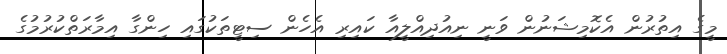
މީގެ އިތުރުން އެކޮމިޝަނުން ވަނީ ނިއުދިއްލީއާ ކައިރި އެހެން ސިޓީތަކުގައި ހިންގާ އިމާރަތްކުރުމުގެ